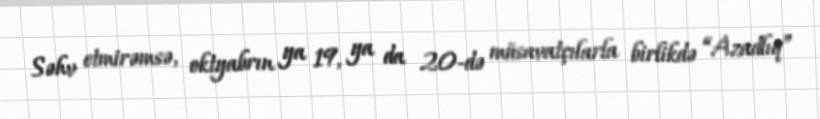
Səhv etmirəmsə, oktyabrın ya 19, ya da 20-də müsavatçılarla birlikdə “Azadlıq”